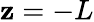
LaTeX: \mathbf{z}=-L